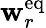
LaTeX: \mathbf{w}_{r}^{\mathrm{{{eq}}}}